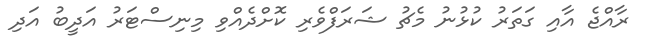
ރާއްޖެ އާއި ގަތަރު ކުޅުނު މެޗު ޝަރަފްވެރި ކޮށްދެއްވި މިނިސްޓަރު އަދީބު އަދި